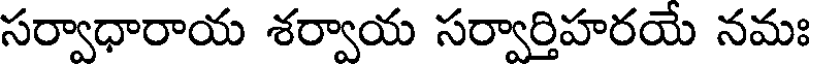
సర్వాధారాయ శర్వాయ సర్వార్తిహరయే నమః